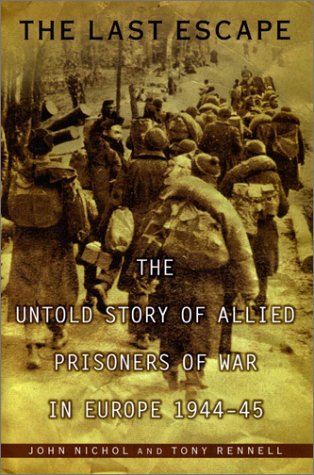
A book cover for The Last Escape: The Untold Story of Allied Prisoners of War in Europe 1944-45; John Nichol; History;